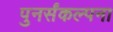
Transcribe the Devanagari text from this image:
पुनर्संकल्पना